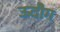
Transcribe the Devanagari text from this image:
ऊदौग